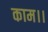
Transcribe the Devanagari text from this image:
काम।।